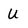
Character: U